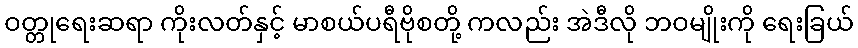
ဝတ္တုရေးဆရာ ကိုးလတ်နှင့် မာစယ်ပရီဗိုစတို့ ကလည်း အဲဒီလို ဘဝမျိုးကို ရေးခြယ်